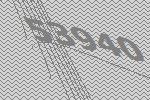
53940